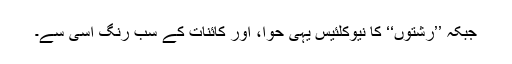
جبکہ ’’رشتوں‘‘ کا نیوکلئیس یہی حوّا، اور کائنات کے سب رنگ اسی سے۔